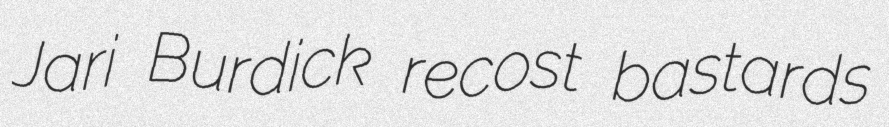
Jari Burdick recost bastards